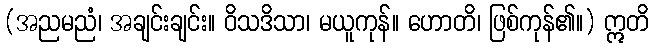
(အညမညံ၊ အချင်းချင်း။ ဝိသဒိသာ၊ မယူကုန်။ ဟောတိ၊ ဖြစ်ကုန်၏။) ဣတိ